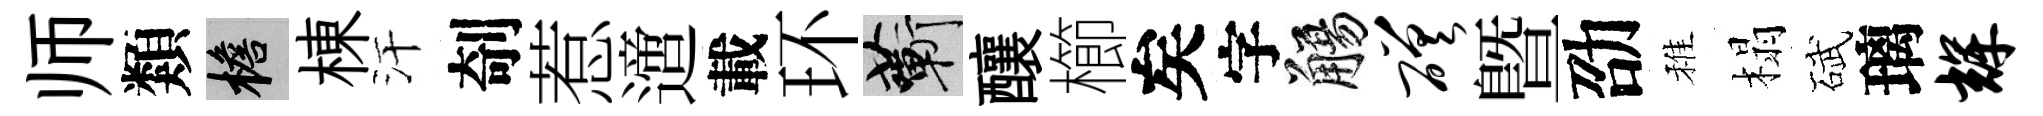
师類檐棟汗剞惹𨗁載环蔪釀櫛矣字觴磋暨劭稚榻碔璃辉